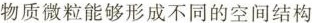
物质微粒能够形成不同的空间结构